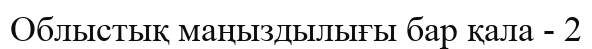
Облыстық маңыздылығы бар қала - 2